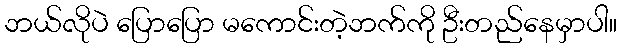
ဘယ်လိုပဲ ပြောပြော မကောင်းတဲ့ဘက်ကို ဦးတည်နေမှာပါ။